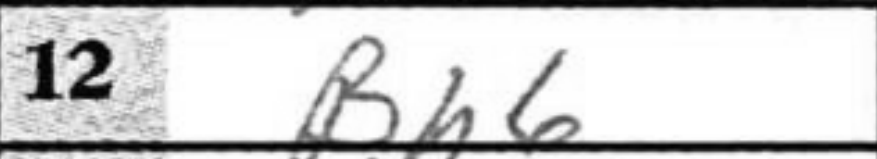
Transcription: Bh6